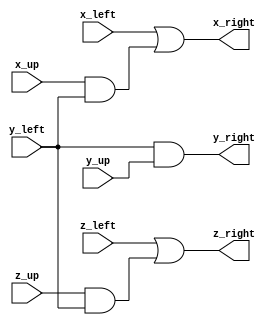
module CONNECT 
(
input 	
		x_left,
		x_up,
		y_left,
		y_up,
		z_left,
		z_up,
output	
		x_right,
		y_right,
		z_right
);
				
assign x_right = x_left | 	 (x_up & y_left);
assign y_right = y_left & 			   y_up ;
assign z_right = z_left | 	 (z_up & y_left);

endmodule